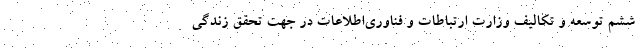
ششم توسعه و تکالیف وزارت ارتباطات و فناوری‌اطلاعات در جهت تحقق زندگی